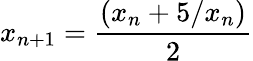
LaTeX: x_{n+1}={\frac{(x_{n}+5/x_{n})}{2}}